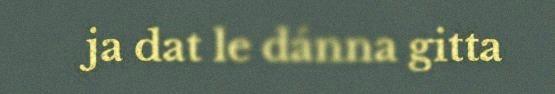
ja dat le dánna gitta